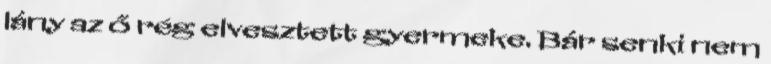
lány az ő rég elvesztett gyermeke. Bár senki nem